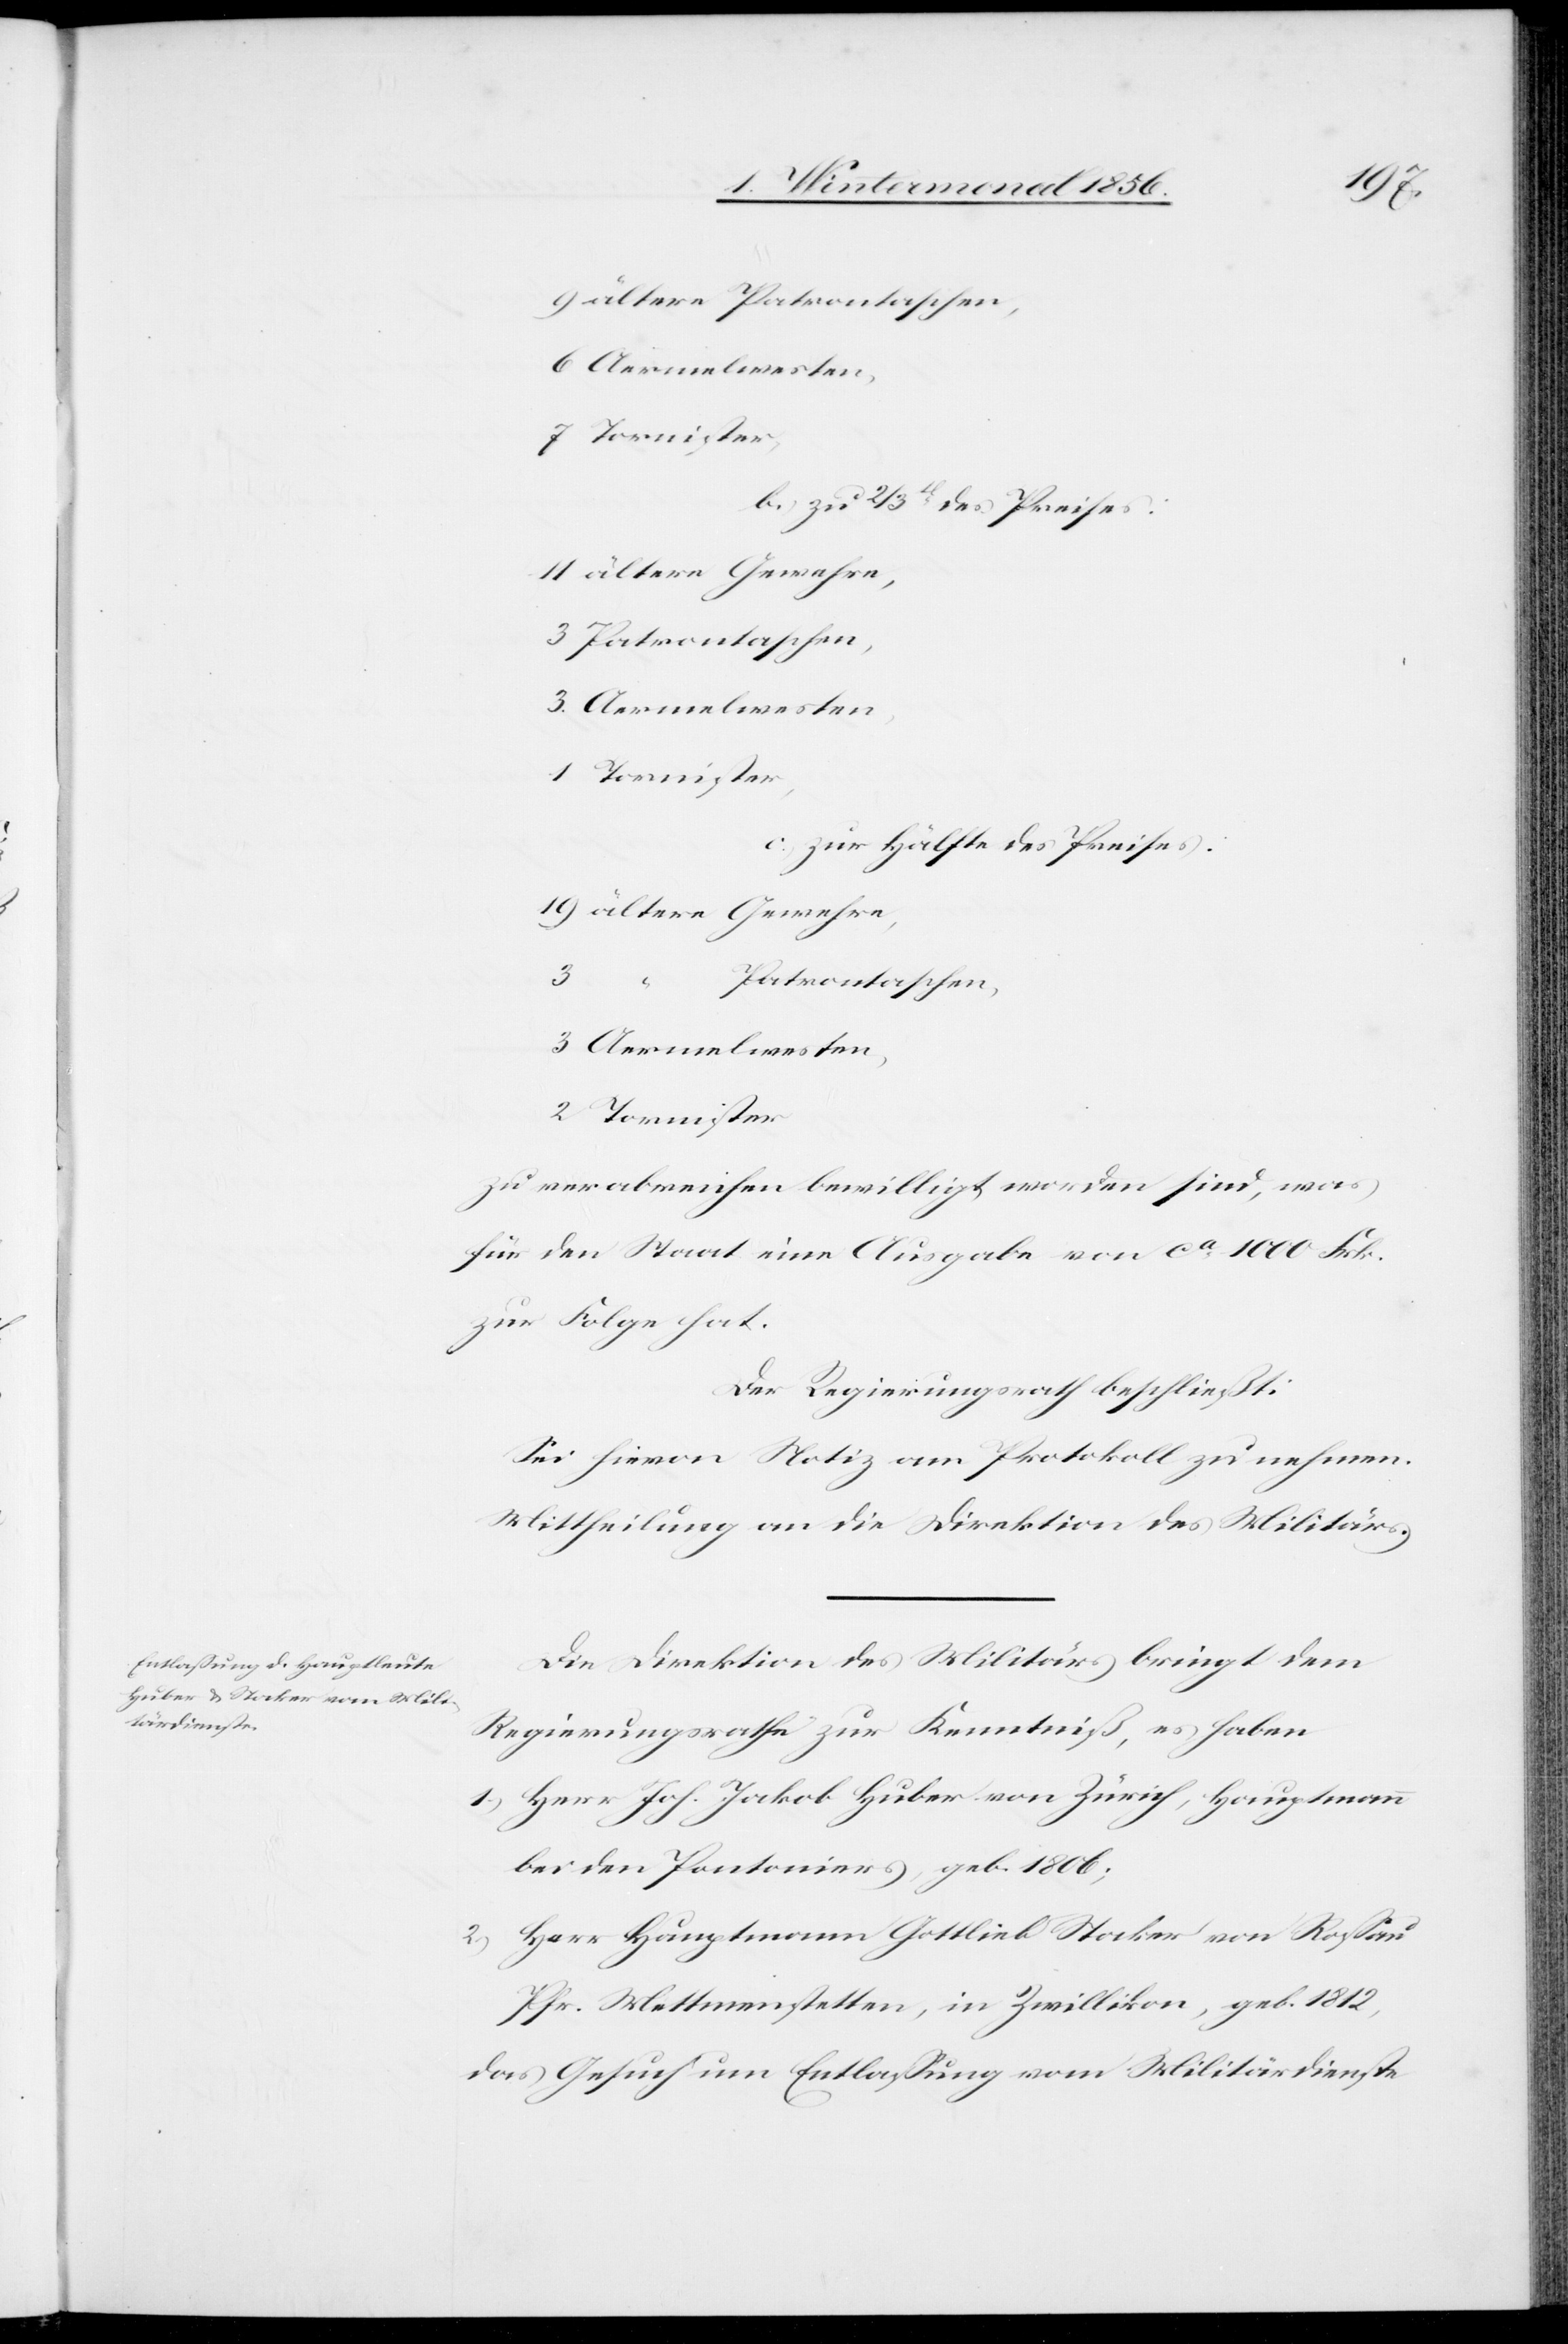
9 ältere Patrontaschen,
b.) zu 2/3tl des Preises:
11 ältere Gewehre,
3 Patrontaschen,
3. Aermelwesten,
1 Tornister,
c.) zur Hälfte des Preises:
19 ältere Gewehre,
3 “
Patrontaschen,
3 Aermelwesten,
2 Tornister
zu verabreichen bewilligt worden sind, was
für den Staat eine Ausgabe von ca 1000 Frk.
zur Folge hat.
Der Regierungsrath beschließt:
Sei hievon Notiz am Protokoll zu nehmen.
Mittheilung an die Direktion des Militärs.
Die Direktion des Militärs bringt dem
Regierungsrathe zur Kenntniß, es haben
1.) Herr Joh. Jakob Huber von Zürich, Hauptmann
bei den Pontoniers, geb. 1806;
2.) Herr Hauptmann Gottlieb Stocker von Rossau
Pfr. Mettmenstetten, in Zwillikon, geb. 1812,
das Gesuch um Entlassung vom Militärdienste